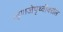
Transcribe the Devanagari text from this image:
म्हणजेपृथ्वीवरील